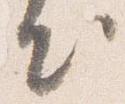
出